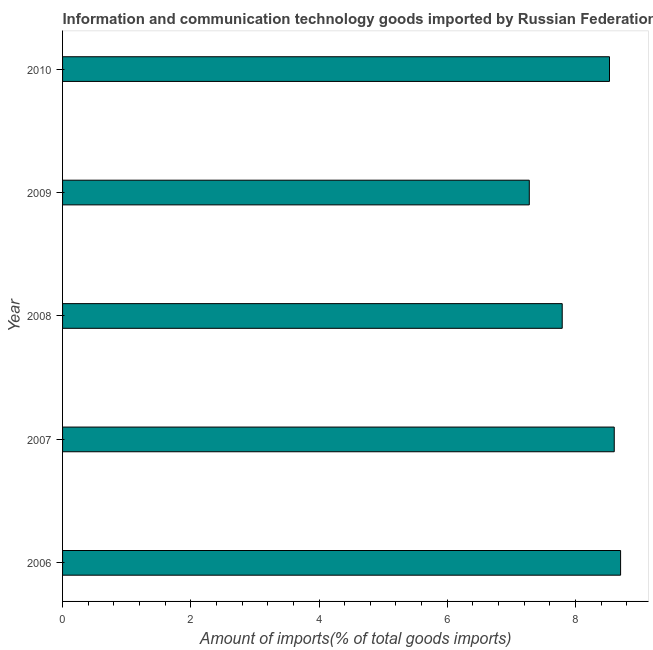
| Year | ICT goods imports |
 | --- | --- |
 | 2006 | 8.7 |
 | 2007 | 8.6 |
 | 2008 | 7.79 |
 | 2009 | 7.28 |
 | 2010 | 8.53 |